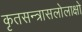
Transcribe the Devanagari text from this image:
कृतसन्त्रासलोलाक्षो